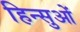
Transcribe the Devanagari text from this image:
हिन्सुओं